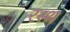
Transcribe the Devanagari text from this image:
रस्थ